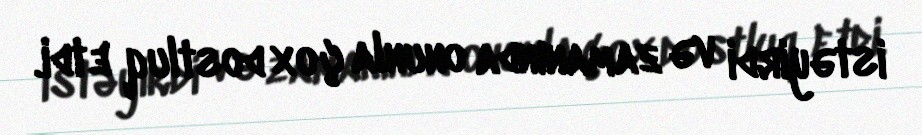
istəyirdi və zamanında onunla çox dostluq etdi.